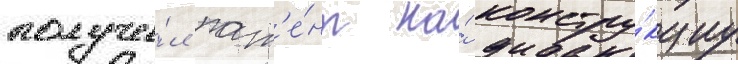
получи́л пат'е́нт на́ констру́кциу